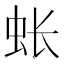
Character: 𫊪